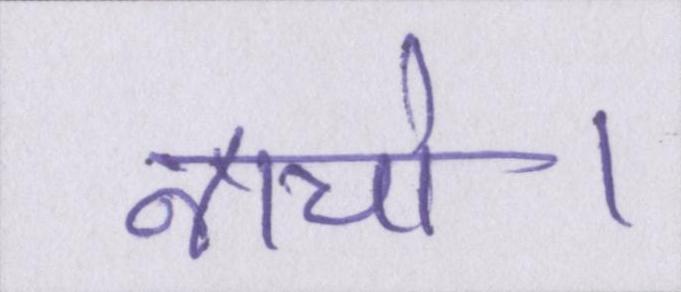
नाचो।